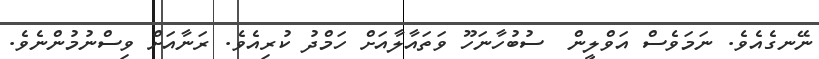
ނޭނގެއެވެ. ނަމަވެސް އަވްލީން  ސުބުހާނަހޫ ވަތައާލާއަށް ހަމްދު ކުރިއެވެ. ރަނާއަށް ވިސްނުމުންނެވެ.